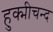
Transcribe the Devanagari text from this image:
हुक्मीचन्द